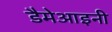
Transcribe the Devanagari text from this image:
डैमेआइनी